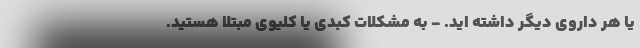
یا هر داروی دیگر داشته اید. - به مشکلات کبدی یا کلیوی مبتلا هستید.